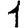
Digit: 1